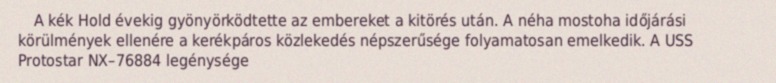
A kék Hold évekig gyönyörködtette az embereket a kitörés után. A néha mostoha időjárási körülmények ellenére a kerékpáros közlekedés népszerűsége folyamatosan emelkedik. A USS Protostar NX–76884 legénysége